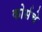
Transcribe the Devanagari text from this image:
कोर्सचे